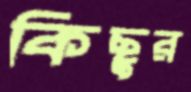
কিছুর